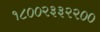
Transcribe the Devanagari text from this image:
१८००२३३२२००